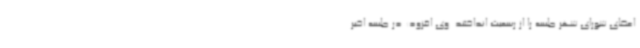
اعضای شورای شهر جلسه را از رسمیت انداختند. وی افزود: در جلسه اخیر